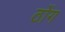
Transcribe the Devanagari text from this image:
ठोंग